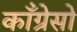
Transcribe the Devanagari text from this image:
काँग्रेसो